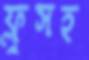
ফ্লুসহ